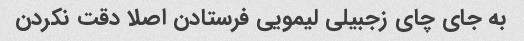
به جای چای زجبیلی لیمویی فرستادن اصلا دقت نکردن